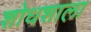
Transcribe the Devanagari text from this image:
शोधशाला